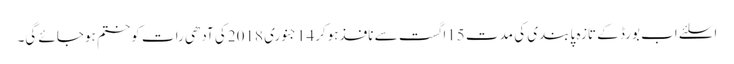
اسلئے اب بورڈ کے تازہ پابندی کی مدت 15اگست سے نافذہوکر14جنوری 2018کی آدھی رات کوختم ہوجائے گی۔